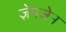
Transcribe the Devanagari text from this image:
ज़ेमज़ेन